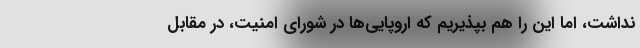
نداشت، اما این را هم بپذیریم که اروپایی‌ها در شورای‌ امنیت، در مقابل